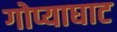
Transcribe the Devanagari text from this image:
गोप्याघाट